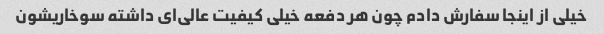
خیلی از اینجا سفارش دادم چون هر دفعه خیلی کیفیت عالی‌ای داشته سوخاریشون